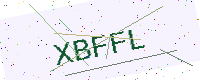
Text: XBFFL